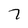
Character: 7